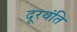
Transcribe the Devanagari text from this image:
दूरयंति